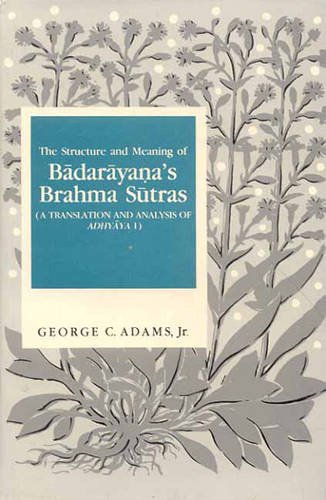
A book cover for The Structure and Meaning of Badarayana's Brahma Sutras: A Translation and Analysis of Adhyaya 1; George C. Adams Jr; Religion & Spirituality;